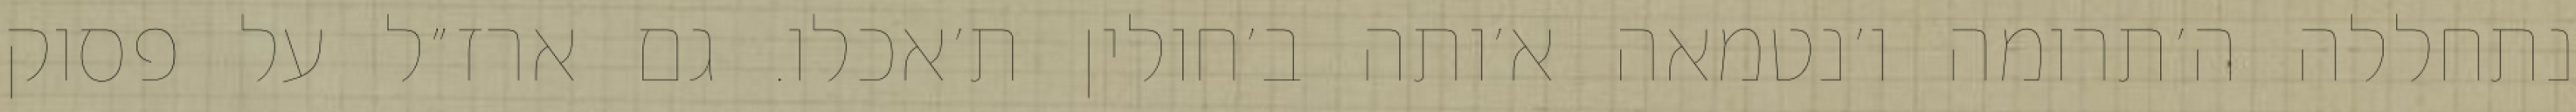
נתחללה ה׳תרומה ו׳נטמאה א׳ותה ב׳חולין ת׳אכלו. גם ארז״ל על פסוק